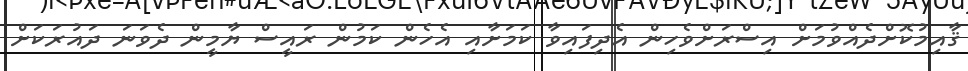
ޤާއިމުކޮށްދެއްވުމަށް އިސްރަށްވެހިން އެދިފައިވާ ކަމަށާއި އެހެން ކަމުން ރައީސް ޔާމީން ދެވަނަ ދައުރަކަށް